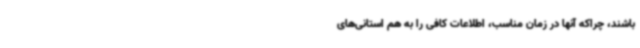
باشند، چراکه آنها در زمان مناسب، اطلاعات کافی را به هم استانی‌های